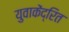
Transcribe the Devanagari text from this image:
युवाकेंद्रित